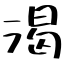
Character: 渴